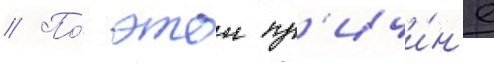
// По́ этои пр'ичи́н'е